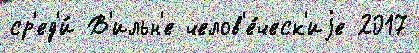
ср'ед'и́ В'ильн'е челов'е́ческ'иjе 2017